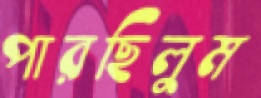
পারছিলুম